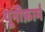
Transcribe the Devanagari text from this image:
यूनीफ़ार्म